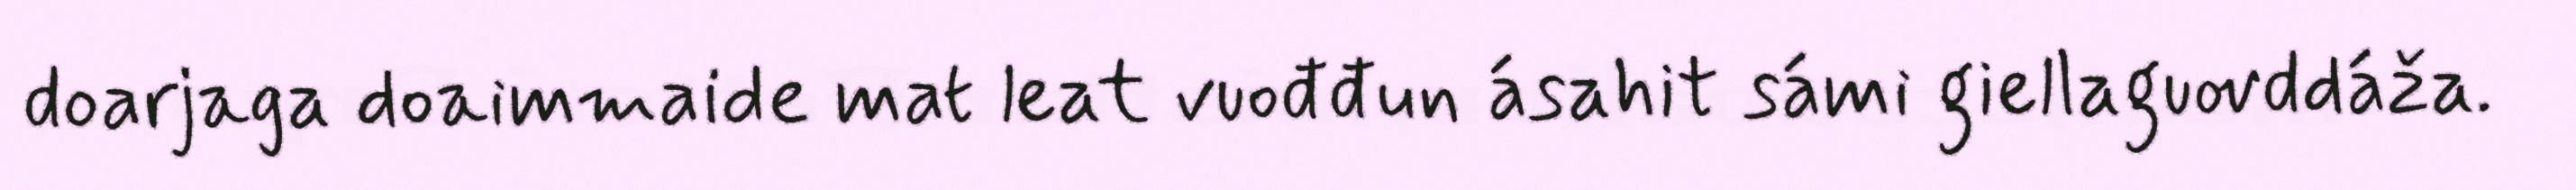
doarjaga doaimmaide mat leat vuođđun ásahit sámi giellaguovddáža.